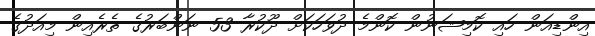
އިންޑިއަން ހައި ކޮމިޝަނުން ކޮންމެ ދުވަހަކަށް ދޫކުރާ 53 ނަންބަރުގެ ތެރެއިން މިއަދުގެ